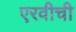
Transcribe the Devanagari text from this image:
एरवीची